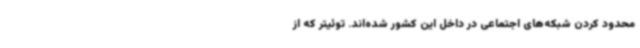
محدود کردن شبکه‌های اجتماعی در داخل این کشور شده‌اند. توئیتر که از